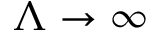
\Lambda \rightarrow \infty